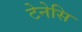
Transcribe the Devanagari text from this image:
टेनेसि